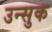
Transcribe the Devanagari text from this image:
उन्सुक